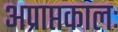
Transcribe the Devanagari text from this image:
अप्राप्तकालः